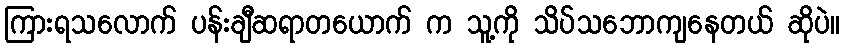
ကြားရသလောက် ပန်းချီဆရာတယောက် က သူ့ကို သိပ်သဘောကျနေတယ် ဆိုပဲ။